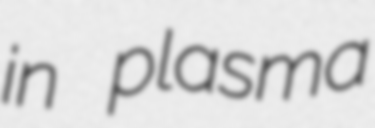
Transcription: in plasma